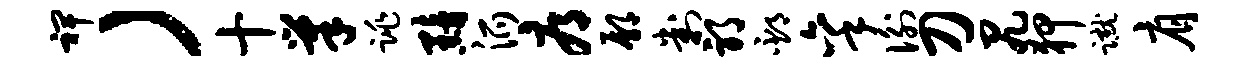
裨）十巢跳黯派辱鄢判邪邳秉衡刀尻狎蹴肩